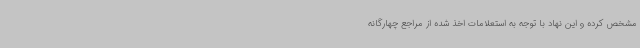
مشخص کرده و این نهاد با توجه به استعلامات اخذ شده از مراجع چهارگانه